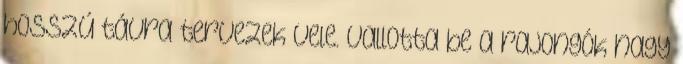
hosszú távra tervezek vele. Vallotta be a rajongók nagy